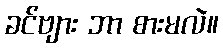
ခင်ဗျား ဘာ စားမလဲ။